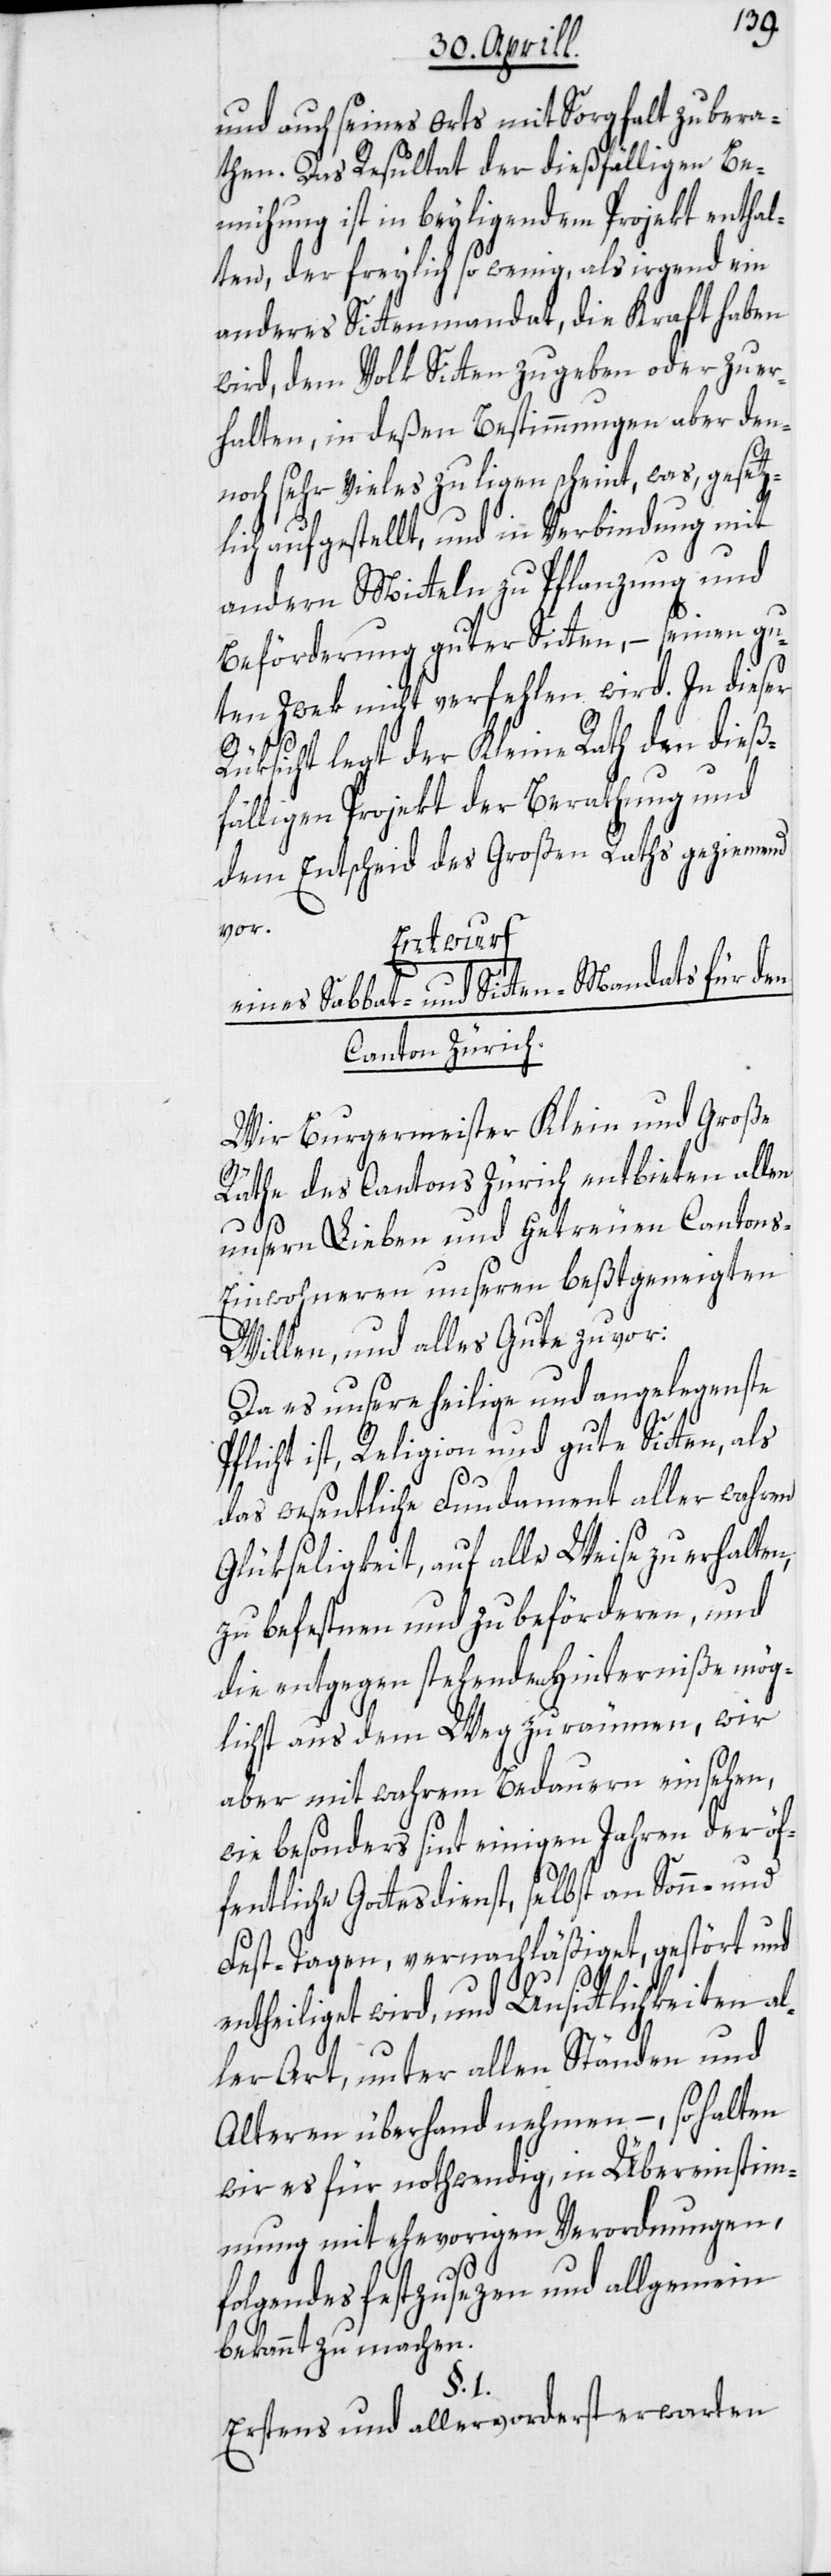
und auch seines Orts mit Sorgfalt zu bera¬
then. Das Resultat der dießfälligen Be¬
mühung ist in beyliegendem Projekt enthal¬
ten, der freylich so wenig, als irgend ein
anderes Sittenmandat, die Kraft haben
wird, dem Volk Sitten zu geben oder zu er¬
halten, in deßen Bestimmungen aber den¬
noch sehr Vieles zu ligen scheint, was, gesetz¬
lich aufgestellt, und in Verbindung mit
andern Mitteln zu Pflanzung und
Beförderung guter Sitten, – seinen gu¬
ten Zwek nicht verfehlen wird. In dieser
Rüksicht legt der Kleine Rath den dieß¬
fälligen Projekt der Berathung und
dem Entscheid des Großen Raths geziemend
vor.
Entwurf
eines Sabbat- und Sitten-Mandats für den
Canton Zürich.
Wir Burgermeister Klein und Große
Räthe des Cantons Zürich entbieten allen
unsern Lieben und Getreuen Cantons-E¬
inwohneren unseren beßtgeneigten
Willen, und alles Gute zuvor:
Da es unsere heilige und angelegenste
Pflicht ist, Religion und gute Sitten, als
das wesentliche Fundament aller wahren
Glükseligkeit, auf alle Weise zu erhalten,
zu befestnen und zu beförderen, und
die entgegen stehenden Hinterniße mög¬
lichst aus dem Weg zu räumen, wir
aber mit wahrem Bedauern einsehen,
wie besonders sint einigen Jahren der öf¬
fentliche Gottesdienst, selbst an Sonn- und
Fest-Tagen, vernachläßiget, gestört und
entheiliget wird, und Unsittlichkeiten al¬
ler Art, unter allen Ständen und
Alteren überhand nehmen, – so halten
wir es für nothwendig, in Übereinstim¬
mung mit ehevorigen Verordnungen,
folgendes festzusezen und allgemein
bekannt zu machen.
§. 1.
Erstens und allervorderst erwarten